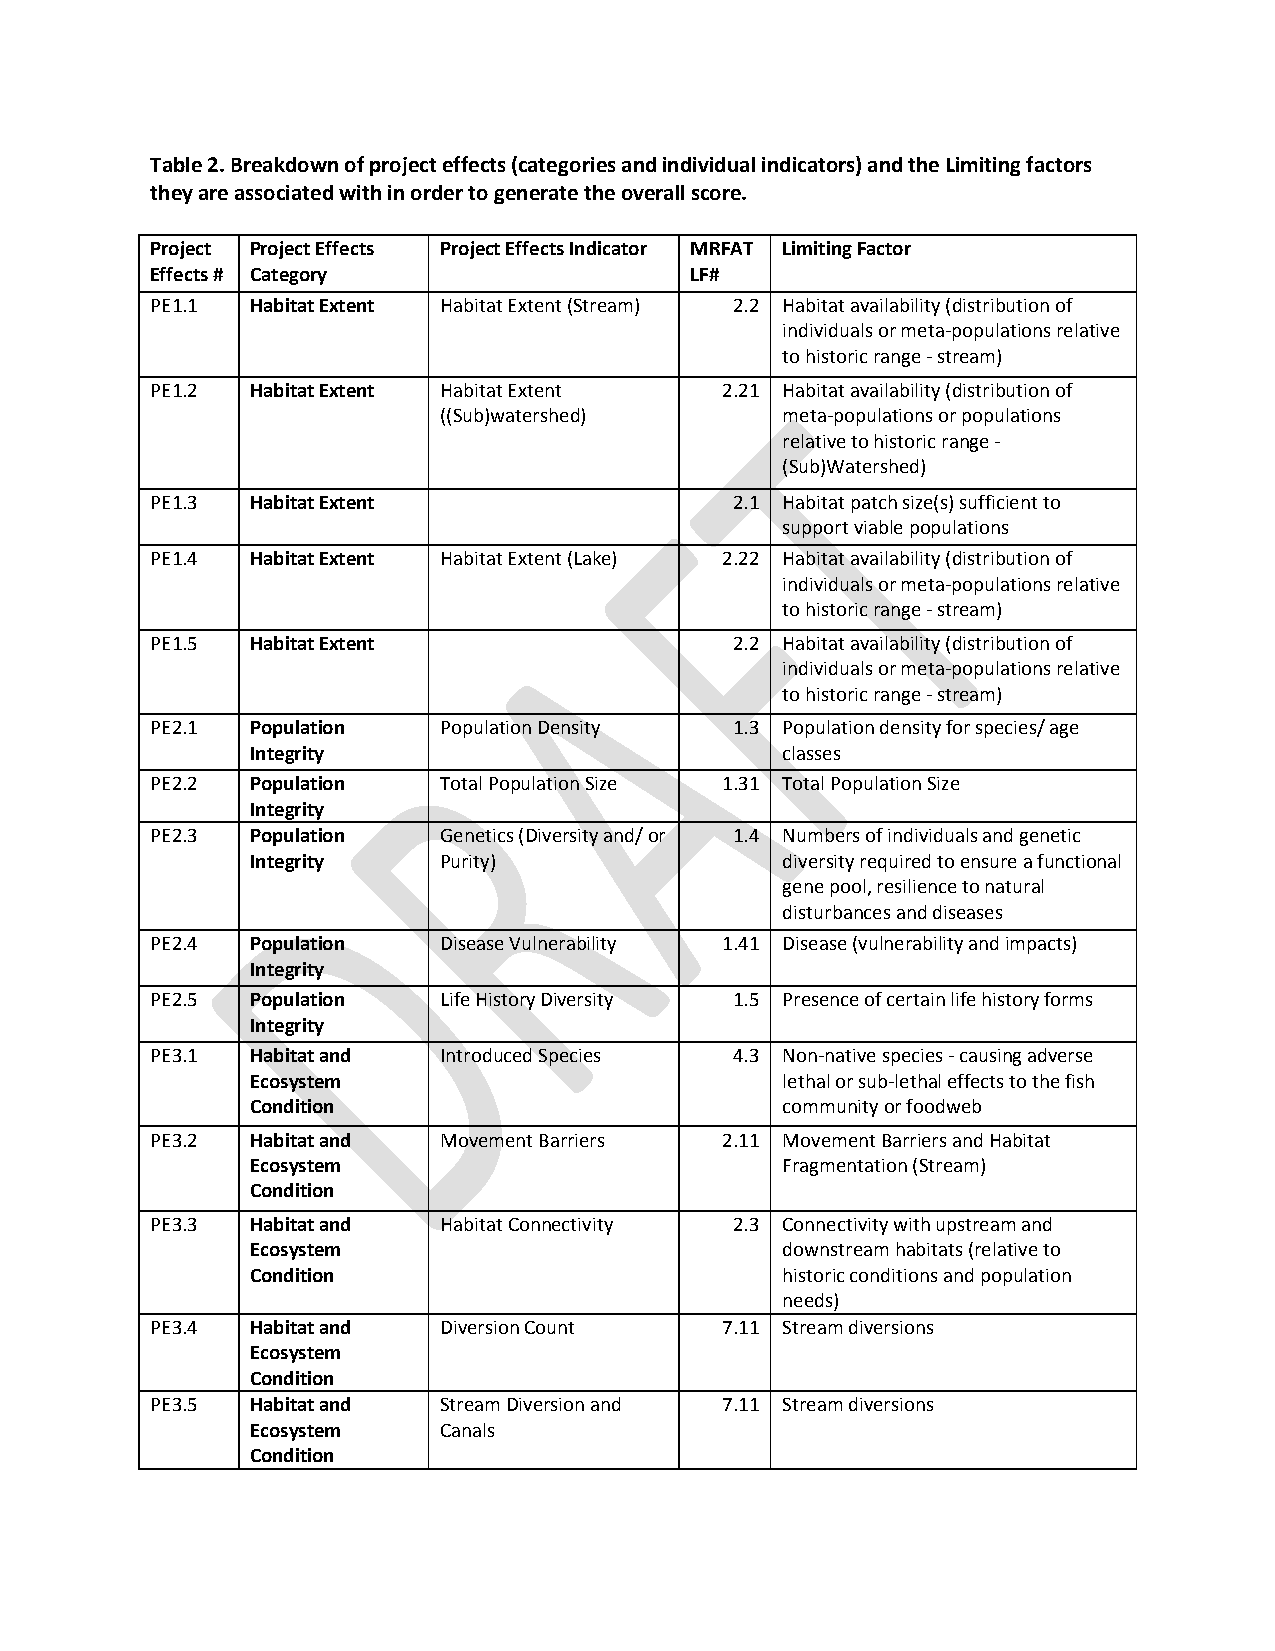
Table 2. Breakdown of project effects (categories and individual indicators) and the Limiting factors
 they are associated with in order to generate the overall score.
 Project Project Effects Project Effects Indicator MRFAT Limiting Factor
 Effects # Category                  LF#
 PE1.1  Habitat Extent Habitat Extent (Stream) 2.2 Habitat availability (distribution of
 individuals or meta-populations relative
 to historic range - stream)
 PE1.2  Habitat Extent Habitat Extent  2.21 Habitat availability (distribution of
 ((Sub)watershed)       meta-populations or populations
 relative to historic range -
 (Sub)Watershed)
 PE1.3  Habitat Extent                  2.1 Habitat patch size(s) sufficient to
 support viable populations
 PE1.4  Habitat Extent Habitat Extent (Lake) 2.22 Habitat availability (distribution of
 individuals or meta-populations relative
 to historic range - stream)
 PE1.5  Habitat Extent                  2.2 Habitat availability (distribution of
 individuals or meta-populations relative
 to historic range - stream)
 PE2.1  Population  Population Density  1.3 Population density for species/ age
 Integrity                          classes
 PE2.2  Population  Total Population Size 1.31 Total Population Size
 Integrity
 PE2.3  Population  Genetics (Diversity and/ or 1.4 Numbers of individuals and genetic
 Integrity   Purity)                diversity required to ensure a functional
 gene pool, resilience to natural
 disturbances and diseases
 PE2.4  Population  Disease Vulnerability 1.41 Disease (vulnerability and impacts)
 Integrity
 PE2.5  Population  Life History Diversity 1.5 Presence of certain life history forms
 Integrity
 PE3.1  Habitat and Introduced Species  4.3 Non-native species - causing adverse
 Ecosystem                          lethal or sub-lethal effects to the fish
 Condition                          community or foodweb
 PE3.2  Habitat and Movement Barriers  2.11 Movement Barriers and Habitat
 Ecosystem                          Fragmentation (Stream)
 Condition
 PE3.3  Habitat and Habitat Connectivity 2.3 Connectivity with upstream and
 Ecosystem                          downstream habitats (relative to
 Condition                          historic conditions and population
 needs)
 PE3.4  Habitat and Diversion Count    7.11 Stream diversions
 Ecosystem
 Condition
 PE3.5  Habitat and Stream Diversion and 7.11 Stream diversions
 Ecosystem   Canals
 Condition